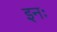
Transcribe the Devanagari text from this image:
इनः